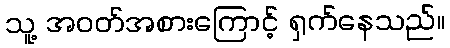
သူ့ အဝတ်အစားကြောင့် ရှက်နေသည်။